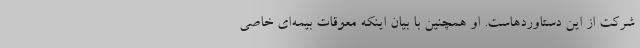
شرکت از این دستاوردهاست. او همچنین با بیان اینکه معوقات بیمه‌ای خاصی